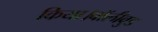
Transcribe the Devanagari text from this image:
किया।बॉलीवुड